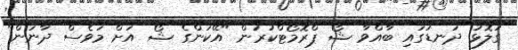
ގަލޮޅު ދަނޑުގައި ބާއްވާ ޝޯ ޕްރޮމޯޓްކުރަން "އޭކަންގެ ޝޯ އަށް މަވެސް ދާނަން"